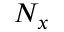
N _ { x }